Kures,_Voldemar, lk 104
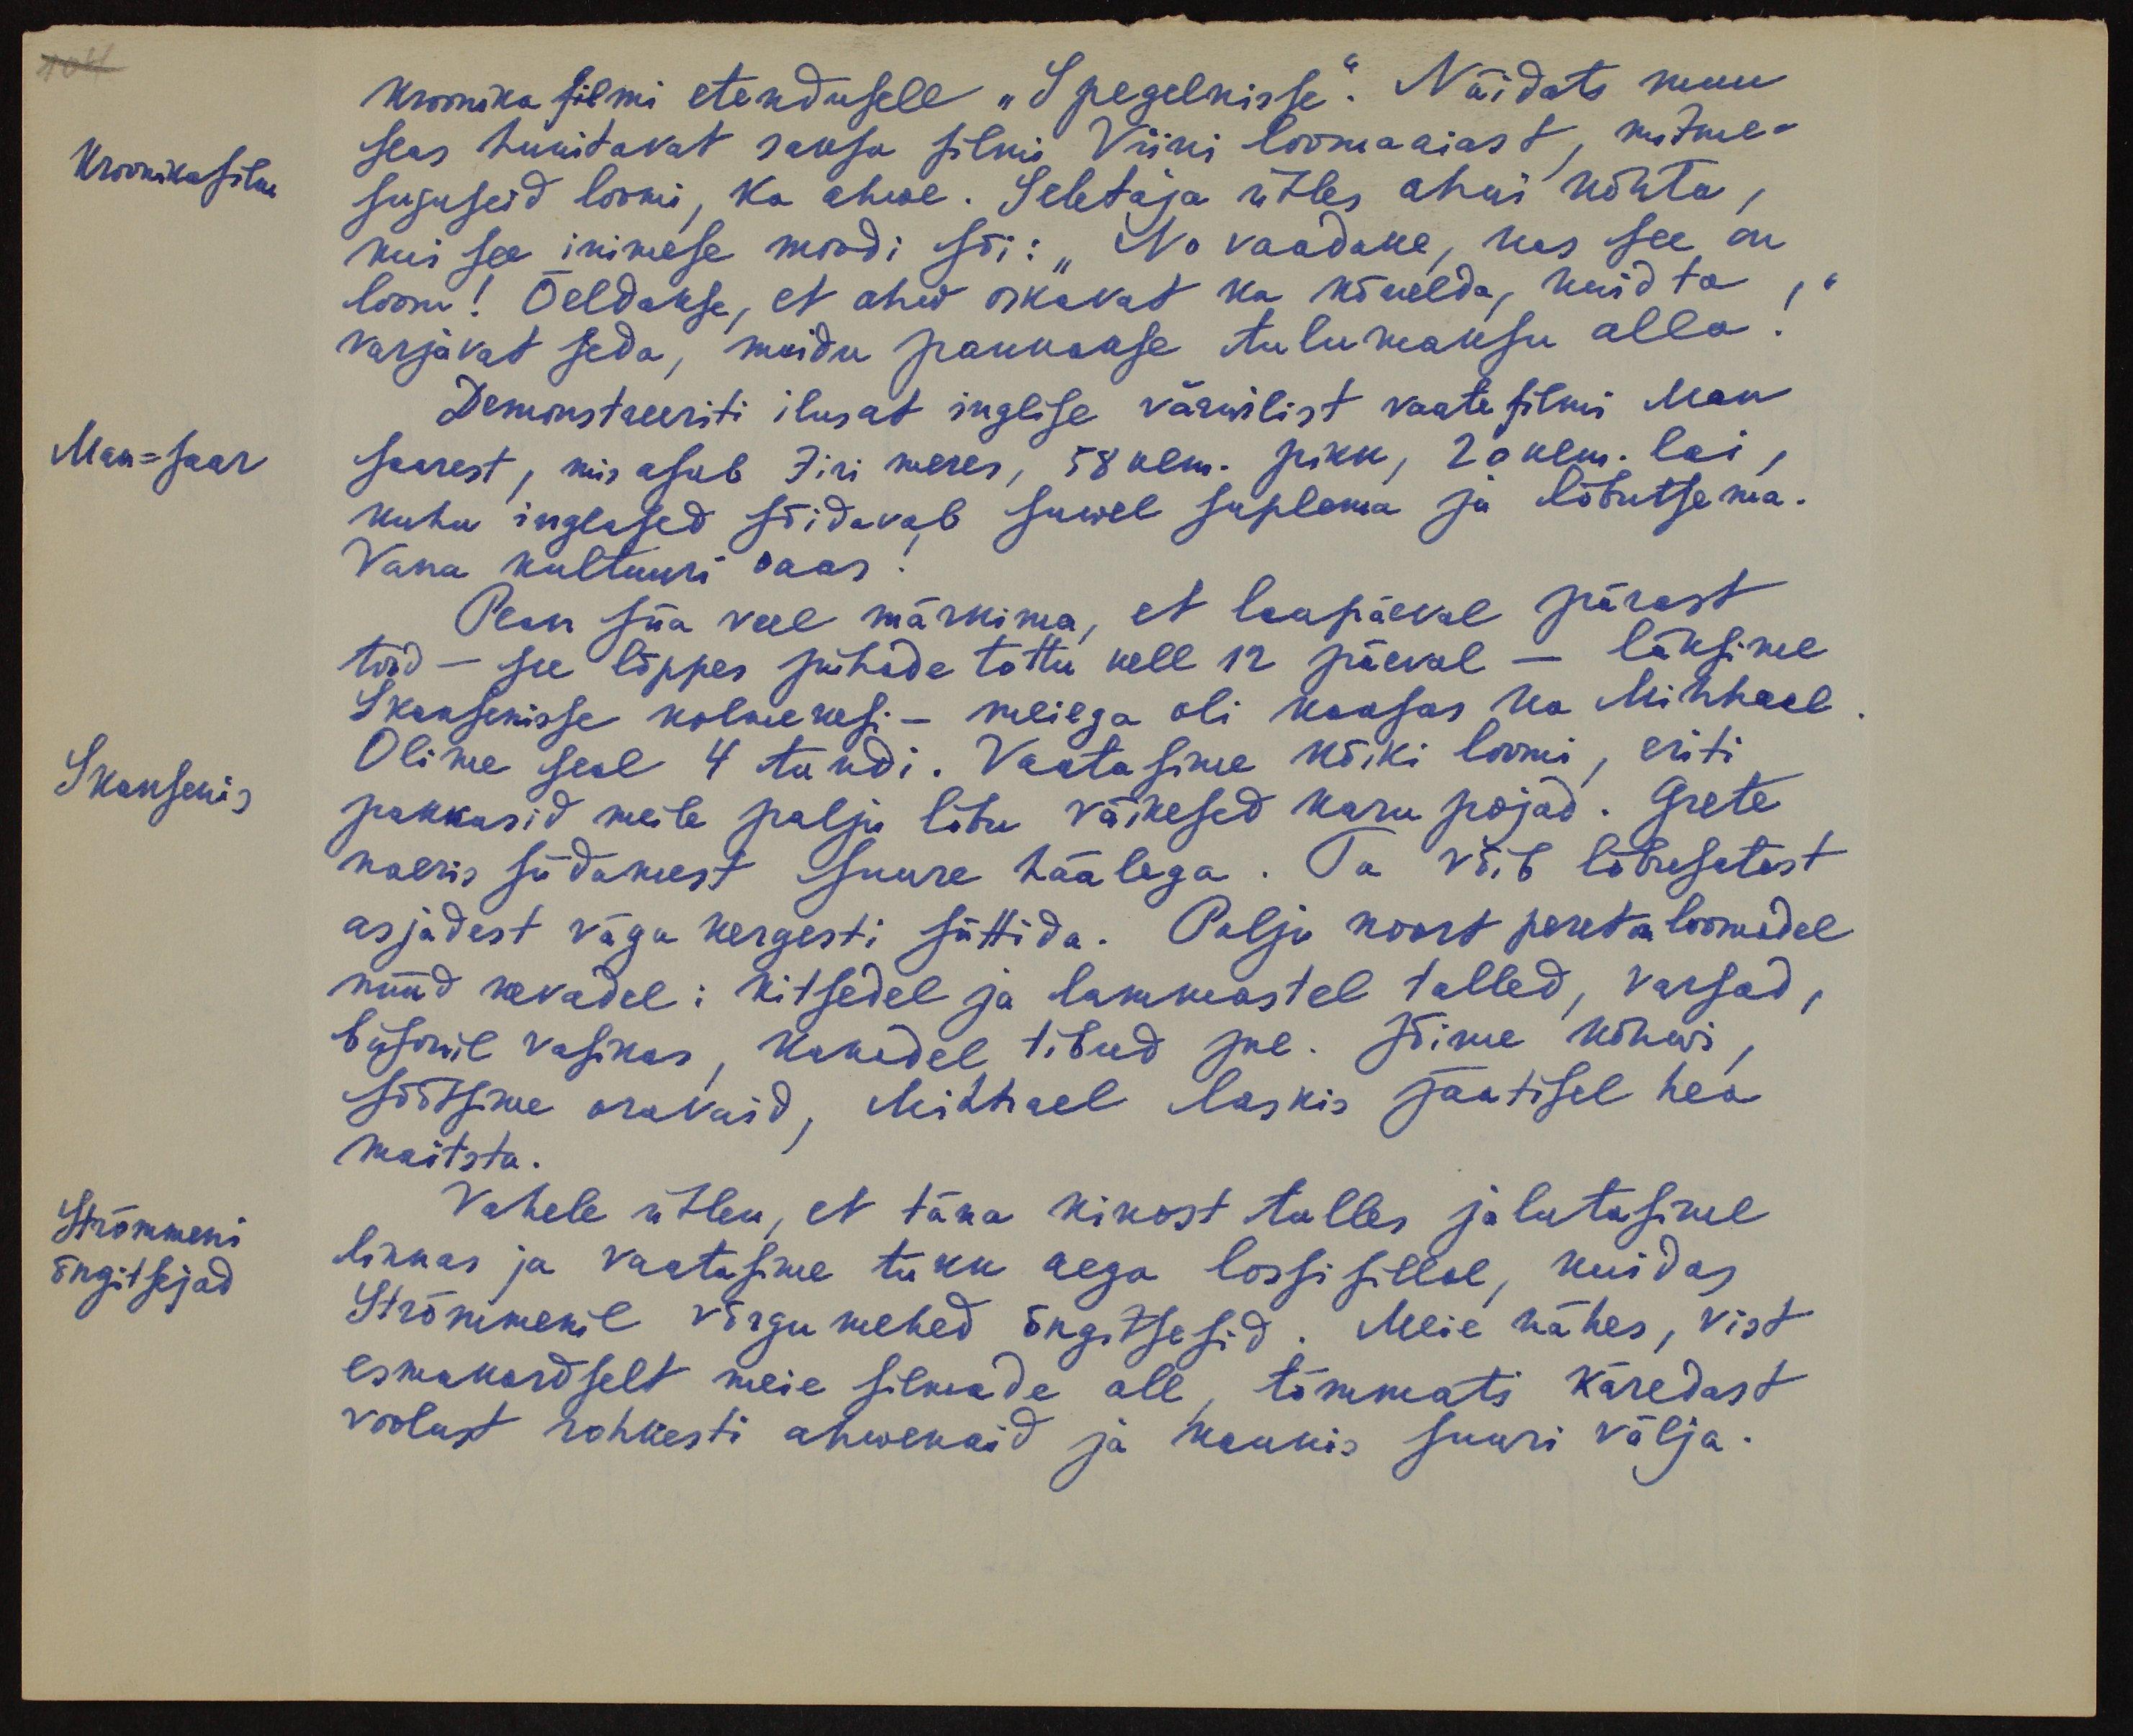
Kroonika filmi etendusele "Spegelnisse". Näidati muu
Kroonikafilm
seas huvitavat saksa filmi Viini loomaaiast, mitme-
suguseid loomi, ka ahwe. Seletaja ütles ahwi kohta,
kui see inimese moodi sõi: "No vaadake, kas see on
loom! Öeldakse, et ahw oskavat ka kõnelda, kuid ta
varjavat seda, muidu pannakse tulumaksu alla!"
Demonstreeriti ilusat inglise värvilist vaatefilmi Man
Man-saar
saarest, mis asub Iiri meres, 58 klm. pikk, 20 klm. lai,
kuhu inglased sõidavad suwel suplema ja lõbutsema.
Vana kultuuri saar
Pean siia veel märkima, et laupäeval pärast
tööd - see lõppes pühade tõttu kell 12 päeval - läksime
Skansenisse kolmekesi - meiega oli kaasas ka Mihhael
Skansenis
Olime seal 4 tundi. Vastasime kõiki loomi, eriti
pakkusid meile palju lõbu väikesed karu pojad. Grete
naeris südamest suure häälega. Ta võib lõbusatest
asjadest väga kergesti süttida. Palju noort peret on loomadel
nüüd kevadel: kitsedel ja lammastel talled, varsad,
biisonil vasikas, kanadel tibud jne. Sõime kohas,
söötsime oravaid, Mihhael laskis jäätisel hea
maitsta.
Strömmeni
õngitsejad
Vahele ütlen, et täna kinost tulles jalutasime
linnas ja vaatasime tükk aega lossisillal, kuidas
Strömmenil võrgumehed õngitsesid. Meie nähes, vist
esmakordselt meie silmade all, tõmmati käredast
voolust rohkesti ahwenaid ja kaunis suuri välja.